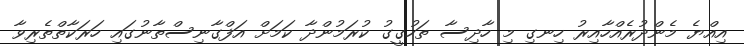
އިއްޔެ މެންދުރެއްހާއިރު ހިނގި މި ހާދިސާ ތަހުގީގު ކުރަމުންދާ ކަމަށް އަފްގާނިސްތާނުގައި ހަރަކާތްތެރިވާ